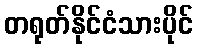
တရုတ်နိုင်ငံသားပိုင်